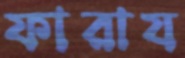
ফারায